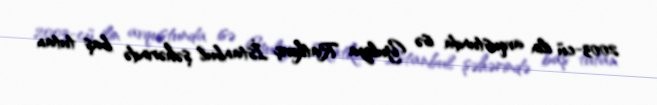
2003-cü ilin avqustunda isə Yuliya Ratkeviç İstanbul şəhərində baş tutan